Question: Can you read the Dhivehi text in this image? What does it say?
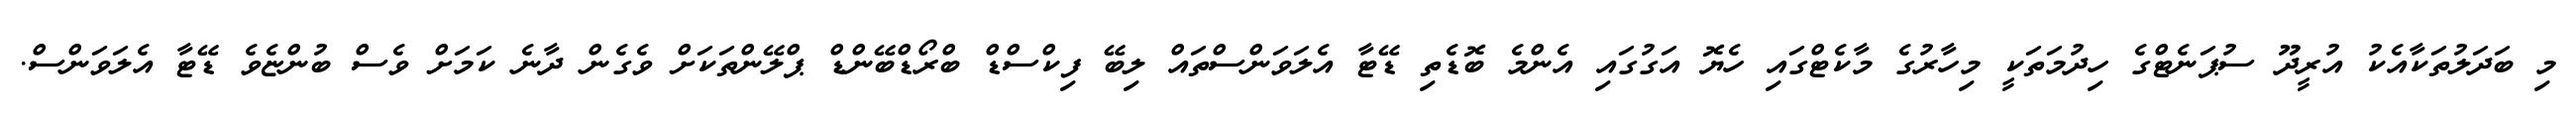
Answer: މި ބަދަލުތަކާއެކު އުރީދޫ ސުޕަނެޓްގެ ހިދުމަތަކީ މިހާރުގެ މާކެޓްގައި ހެޔޮ އަގުގައި އެންމެ ބޮޑެތި ޑޭޓާ އެލަވަންސްތައް ލިބޭ ފިކްސްޑް ބްރޯޑްބޭންޑް ޕްލޭންތަކަށް ވެގެން ދާނެ ކަމަށް ވެސް ބުންޏެވެ ޑޭޓާ އެލަވަންސް.